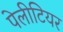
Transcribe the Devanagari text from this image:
पेलीटियर